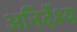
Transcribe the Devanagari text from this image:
अनिर्देश्य